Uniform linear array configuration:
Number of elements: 64
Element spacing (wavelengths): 0.5
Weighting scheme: hamming
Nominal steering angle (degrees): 0
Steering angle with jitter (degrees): -1.14
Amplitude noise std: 0.05
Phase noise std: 0.05

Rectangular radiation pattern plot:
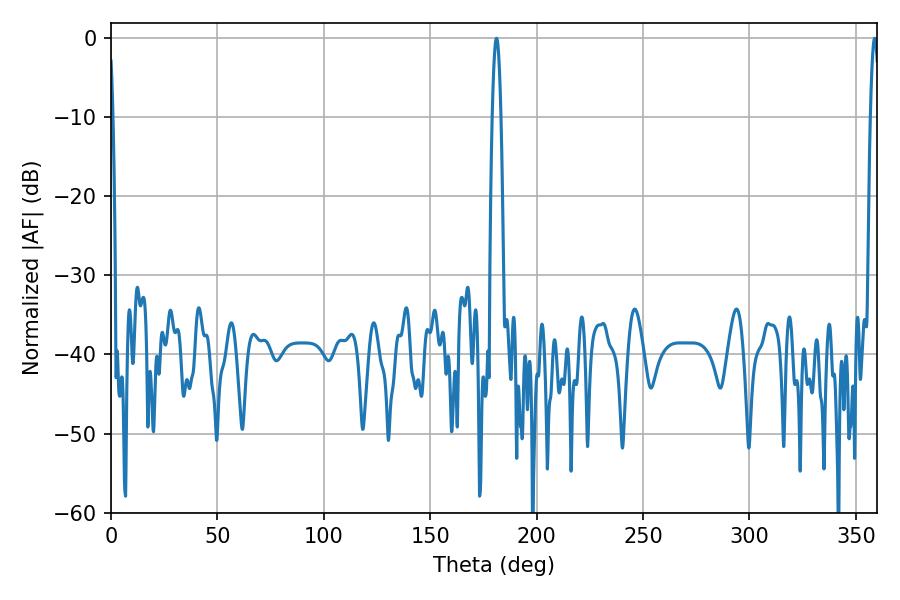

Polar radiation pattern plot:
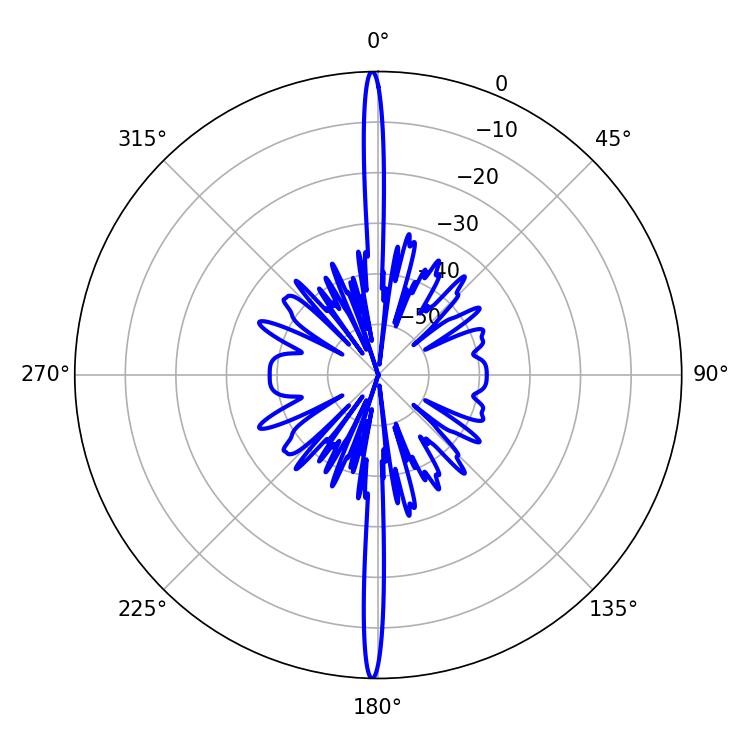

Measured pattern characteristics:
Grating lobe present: FALSE
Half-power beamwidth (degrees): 2.16
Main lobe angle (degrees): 181.08